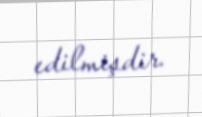
edilmişdir.